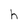
Character: h